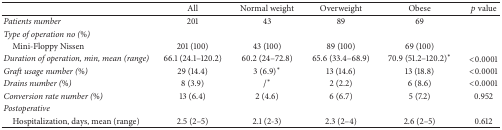
|  | All | Normal weight | Overweight | Obese | p value |
 | --- | --- | --- | --- | --- | --- |
 | Patients number | 201 | 43 | 89 | 69 |  |
 | Type of operation no (%) |  |  |  |  |  |
 | Mini-Floppy Nissen | 201 (100) | 43 (100) | 89 (100) | 69 (100) |  |
 | Duration of operation, min, mean (range) | 66.1 (24.1–120.2) | 60.2 (24–72.8) | 65.6 (33.4–68.9) | 70.9 (51.2–120.2)∗ | <0.0001 |
 | Graft usage number (%) | 29 (14.4) | 3 (6.9)∗ | 13 (14.6) | 13 (18.8) | <0.0001 |
 | Drains number (%) | 8 (3.9) | /∗ | 2 (2.2) | 6 (8.6) | <0.0001 |
 | Conversion rate number (%) | 13 (6.4) | 2 (4.6) | 6 (6.7) | 5 (7.2) | 0.952 |
 | Postoperative |  |  |  |  |  |
 | Hospitalization, days, mean (range) | 2.5 (2–5) | 2.1 (2-3) | 2.3 (2–4) | 2.6 (2–5) | 0.612 |